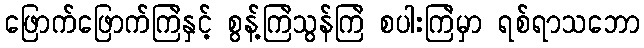
ဖြောက်ဖြောက်ကြဲနှင့် စွန့်ကြဲသွန်ကြဲ စပါးကြဲမှာ ရစ်ရာသဘော